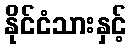
နိုင်ငံသားနှင့်